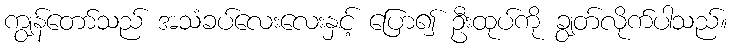
ကျွန်တော်သည် အသံခပ်လေးလေးနှင့် ပြော၍ ဦးထုပ်ကို ချွတ်လိုက်ပါသည်။